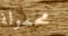
محمولة